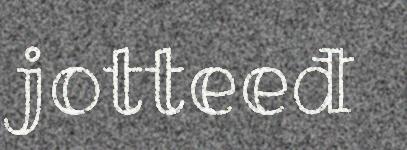
jotteeđ